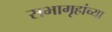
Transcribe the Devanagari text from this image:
सभागृहांच्या